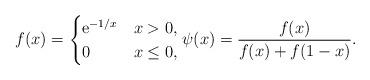
LaTeX: \begin{align*} f (x) = \begin{cases} \mathrm{e}^{-1/x} & x > 0 , \\ 0 & x \leq 0 , \end{cases} \psi (x) = \frac{f(x)}{f(x) + f(1-x)} .\end{align*}